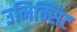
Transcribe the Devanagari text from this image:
उमिक्सिट